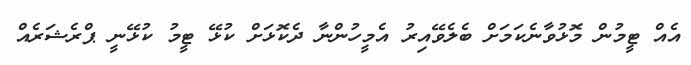
އެއް ޓީމުން މޮޅުވާނެކަމަށް ބެލެވޭއިރު އެމީހުންނާ ދެކޮޅަށް ކުޅޭ ޓީމު ކުޅޭނީ ޕްރެޝަރެއް